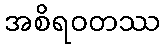
အစိရဝတဿ